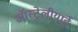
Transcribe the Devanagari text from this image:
ऑस्ट्रेलीयाई